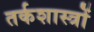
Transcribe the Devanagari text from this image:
तर्कशास्त्रों